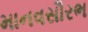
માનવસૌરભ